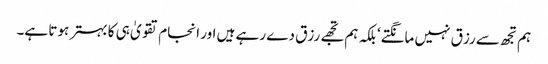
ہم تجھ سے رزق نہیں مانگتے‘ بلکہ ہم تجھے رزق دے رہے ہیں اور انجام تقویٰ ہی کا بہتر ہوتا ہے۔